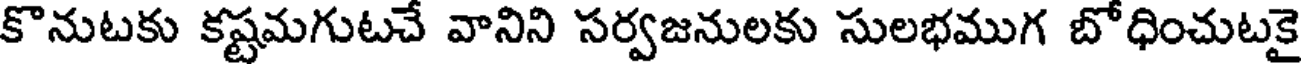
కొనుటకు కష్టమగుటచే వానిని సర్వజనులకు సులభముగ బోధించుటకై